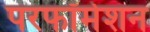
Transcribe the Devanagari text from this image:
परफॉर्मेशन